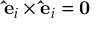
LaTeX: \mathbf { \hat { e } } _ { i } \times \mathbf { \hat { e } } _ { i } = \mathbf { 0 }